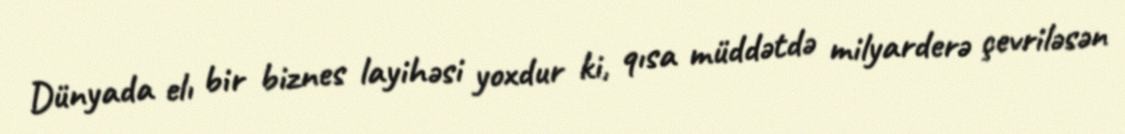
Dünyada elı bir biznes layihəsi yoxdur ki, qısa müddətdə milyarderə çevriləsən